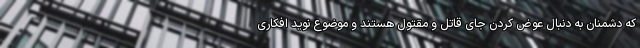
که دشمنان به دنبال عوض کردن جای قاتل و مقتول هستند و موضوع نوید افکاری